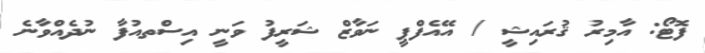
ފޮޓޯ: އާމިރު ޤުރައިޝީ / އޭއެފްޕީ ނަވާޒް ޝަރީފު ވަނީ އިސްތއުފާ ނުދެއްވާނެ